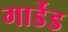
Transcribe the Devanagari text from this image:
गार्डेड